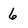
Character: 6